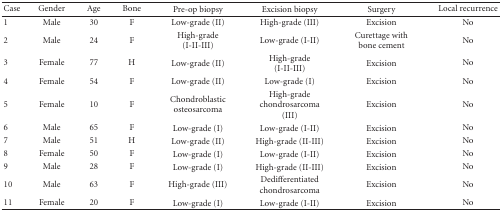
<table><thead><tr><td><b>Case</b></td><td><b>Gender</b></td><td><b>Age</b></td><td><b>Bone</b></td><td><b>Pre-op biopsy</b></td><td><b>Excision biopsy</b></td><td><b>Surgery</b></td><td><b>Local recurrence</b></td></tr></thead><tbody><tr><td>1</td><td>Male</td><td>30</td><td>F</td><td>Low-grade (II)</td><td>High-grade (III)</td><td>Excision</td><td>No</td></tr><tr><td>2</td><td>Male</td><td>24</td><td>F</td><td>High-grade (I-II-III)</td><td>Low-grade (I-II)</td><td>Curettage with bone cement</td><td>No</td></tr><tr><td>3</td><td>Female</td><td>77</td><td>H</td><td>Low-grade (II)</td><td>High-grade (I-II-III)</td><td>Excision</td><td>No</td></tr><tr><td>4</td><td>Female</td><td>54</td><td>F</td><td>Low-grade (II)</td><td>Low-grade (I)</td><td>Excision</td><td>No</td></tr><tr><td>5</td><td>Female</td><td>10</td><td>F</td><td>Chondroblastic osteosarcoma</td><td>High-grade chondrosarcoma (III)</td><td>Excision</td><td>No</td></tr><tr><td>6</td><td>Male</td><td>65</td><td>F</td><td>Low-grade (I)</td><td>Low-grade (I-II)</td><td>Excision</td><td>No</td></tr><tr><td>7</td><td>Male</td><td>51</td><td>H</td><td>Low-grade (II)</td><td>High-grade (II-III)</td><td>Excision</td><td>No</td></tr><tr><td>8</td><td>Female</td><td>50</td><td>F</td><td>Low-grade (I)</td><td>Low-grade (I-II)</td><td>Excision</td><td>No</td></tr><tr><td>9</td><td>Male</td><td>28</td><td>F</td><td>Low-grade (I)</td><td>High-grade (II-III)</td><td>Excision</td><td>No</td></tr><tr><td>10</td><td>Male</td><td>63</td><td>F</td><td>High-grade (III)</td><td>Dedifferentiated chondrosarcoma</td><td>Excision</td><td>No</td></tr><tr><td>11</td><td>Female</td><td>20</td><td>F</td><td>Low-grade (I)</td><td>Low-grade (I-II)</td><td>Excision</td><td>No</td></tr></tbody></table>